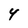
Character: 4